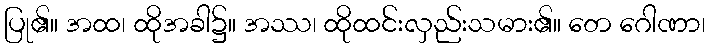
ပြု၏။ အထ၊ ထိုအခါ၌။ အဿ၊ ထိုထင်းလှည်းသမား၏။ တေ ဂေါဏာ၊